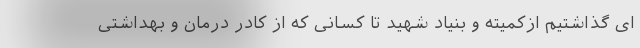
ای گذاشتیم ازکمیته و بنیاد شهید تا کسانی که از کادر درمان و بهداشتی